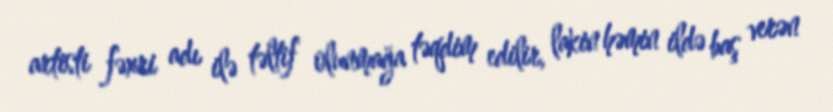
artisti fəxri adı ilə təltif olunmağa təqdim edilir, lakin həmin ildə baş verən